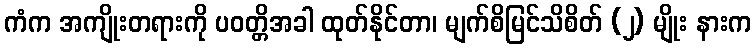
ကံက အကျိုးတရားကို ပဝတ္တိအခါ ထုတ်နိုင်တာ၊ မျက်စိမြင်သိစိတ် (၂) မျိုး နားက